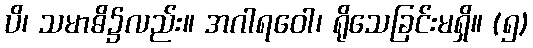
ပိ၊ သမာဓိ၌လည်း။ အဂါရဝေါ၊ ရိုသေခြင်းမရှိ။ (၅)